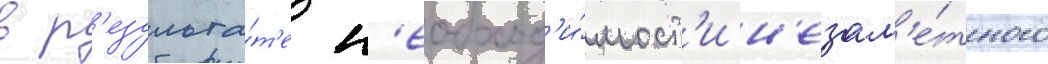
в р'езульта́т'е н'еобход'и́мост'и н'езам'е́тного